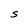
Character: S